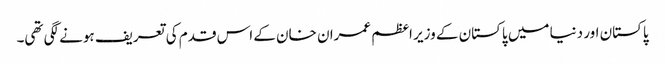
پاکستان اور دنیا میں پاکستان کے وزیر اعظم عمران خان کے اس قدم کی تعریف ہونے لگی تھی۔